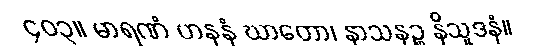
၄၀၃။ မာရဏံ ဟနနံ ဃာတော၊ နာသနဉ္စ နိသူဒနံ။